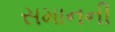
સમાનની